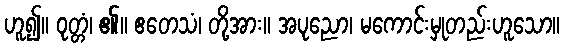
ဟူ၍။ ဝုတ္တံ၊ ၏။ ဧတေသံ၊ တို့အား။ အပုညော၊ မကောင်းမှုတည်းဟူသော။